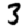
Digit: 3